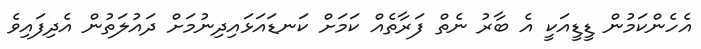
އެހެންކަމުން ޑީޑީއަކީ އެ ބާރު ނެތް ފަރާތެއް ކަމަށް ކަނޑައަޅައިދިނުމަށް ދައުލަތުން އެދިފައިވެ